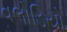
વલોડિયો